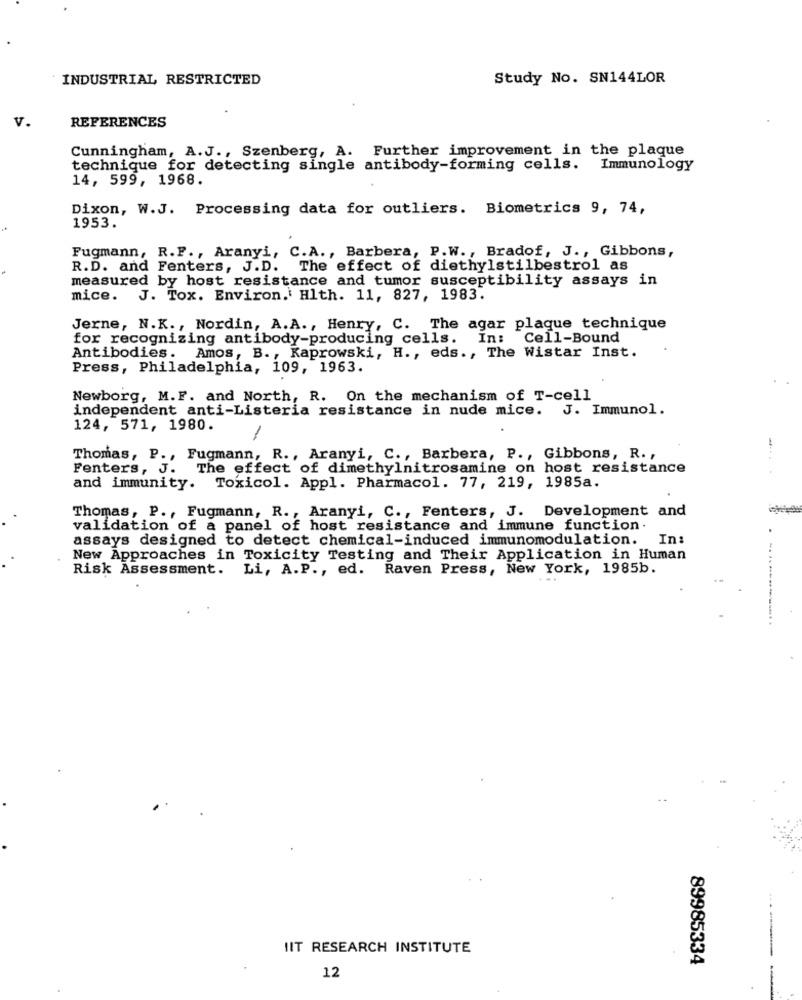
INDUSTRIAL RESTRICTED
Study No. SN144LOR
V.
REFERENCES
Cunningham, A.J ., Szenberg, A. Further improvement in the plaque
technique for detecting single antibody-forming cells. Immunology
14, 599, 1968.
Dixon, W.J. Processing data for outliers. Biometrics 9, 74,
1953.
Fugmann, R.F ., Aranyi, C.A ., Barbera, P.W ., Bradof, J ., Gibbons,
R.D. and Fenters, J.D. The effect of diethylstilbestrol as
measured by host resistance and tumor susceptibility assays in
mice.
J. Tox. Environ. Hlth. 11, 827, 1983.
Jerne, N.K ., Nordin, A.A ., Henry, C. The agar plaque technique
for recognizing antibody-producing cells.
In:
Cell-Bound
Antibodies. Amos, B ., Kaprowski, H ., eds ., The Wistar Inst.
Press, Philadelphia, 109, 1963.
Newborg, M.F. and North, R. On the mechanism of T-cell
independent anti-Listeria resistance in nude mice. J. Immunol.
124, 571, 1980.
Thomas, P ., Fugmann, R ., Aranyi, C ., Barbera, P ., Gibbons, R .,
Fenters, J. The effect of dimethylnitrosamine on host resistance
and immunity. Toxicol. Appl. Pharmacol. 77, 219, 1985a.
Thomas, P ., Fugmann, R ., Aranyi, C ., Fenters, J. Development and
validation of a panel of host resistance and immune function.
assays designed to detect chemical-induced immunomodulation. In:
New Approaches in Toxicity Testing and Their Application in Human
Risk Assessment. Li, A.P ., ed. Raven Press, New York, 1985b.
...
IIT RESEARCH INSTITUTE
89985334
12